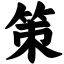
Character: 策